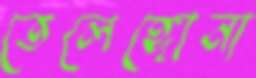
তেলেঙ্গোনা